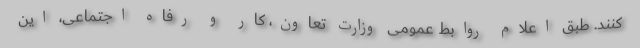
کنند. طبق اعلام روابط عمومی وزارت تعاون، کار و رفاه اجتماعی، این